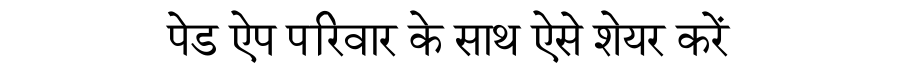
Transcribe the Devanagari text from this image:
पेड ऐप परिवार के साथ ऐसे शेयर करें